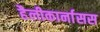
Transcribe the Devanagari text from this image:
हैलीकार्नासस